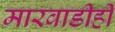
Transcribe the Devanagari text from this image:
मारवाडीही